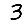
Digit: 3